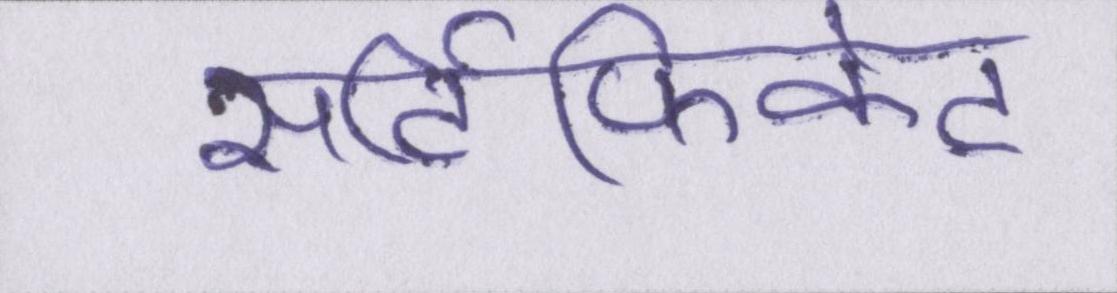
सर्टिफिकेट